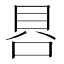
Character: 𰇩